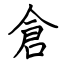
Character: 倉